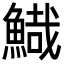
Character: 𩹯